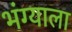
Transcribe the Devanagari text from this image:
भंग्याला